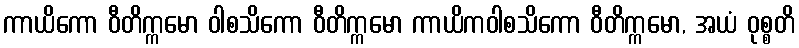
ကာယိကော ဝီတိက္ကမော ဝါစသိကော ဝီတိက္ကမော ကာယိကဝါစသိကော ဝီတိက္ကမော, အယံ ဝုစ္စတိ